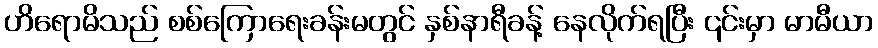
ဟိရောမိသည် စစ်ကြောရေးခန်းမတွင် နှစ်နာရီခန့် နေလိုက်ရပြီး ၎င်းမှာ မာမီယာ